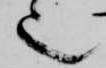
也